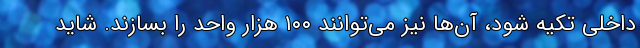
داخلی تکیه شود، آن‌ها نیز می‌توانند ۱۰۰ هزار واحد را بسازند. شاید